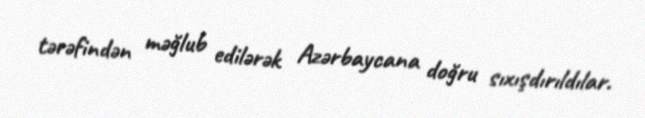
tərəfindən məğlub edilərək Azərbaycana doğru sıxışdırıldılar.